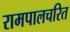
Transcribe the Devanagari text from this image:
रामपालचरित